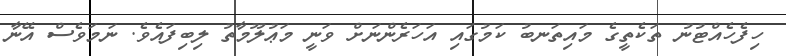
ހިފެހެއްޓުނު ތަކެތީގެ މައިތަނބު ކަމުގައި އަހަރެންނަށް ވަނީ މަޢުލޫމާތު ލިބިފައެވެ. ނަމަވެސް އޭނާ